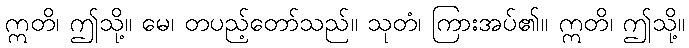
ဣတိ၊ ဤသို့။ မေ၊ တပည့်တော်သည်။ သုတံ၊ ကြားအပ်၏။ ဣတိ၊ ဤသို့။